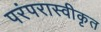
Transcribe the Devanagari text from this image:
परंपरास्वीकृत